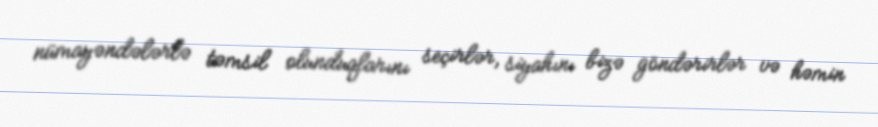
nümayəndələrlə təmsil olunduqlarını seçirlər, siyahını bizə göndərirlər və həmin